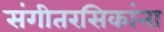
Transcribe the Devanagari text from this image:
संगीतरसिकांना